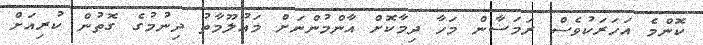
ކޮންމެ އަހަރަކުވެސް ރަމަޟާން މަހާ ދިމާކޮށް އާންމުންނަށް މައުލޫމާތު ދިނުމުގެ ގޮތުން ކުރިއަށް